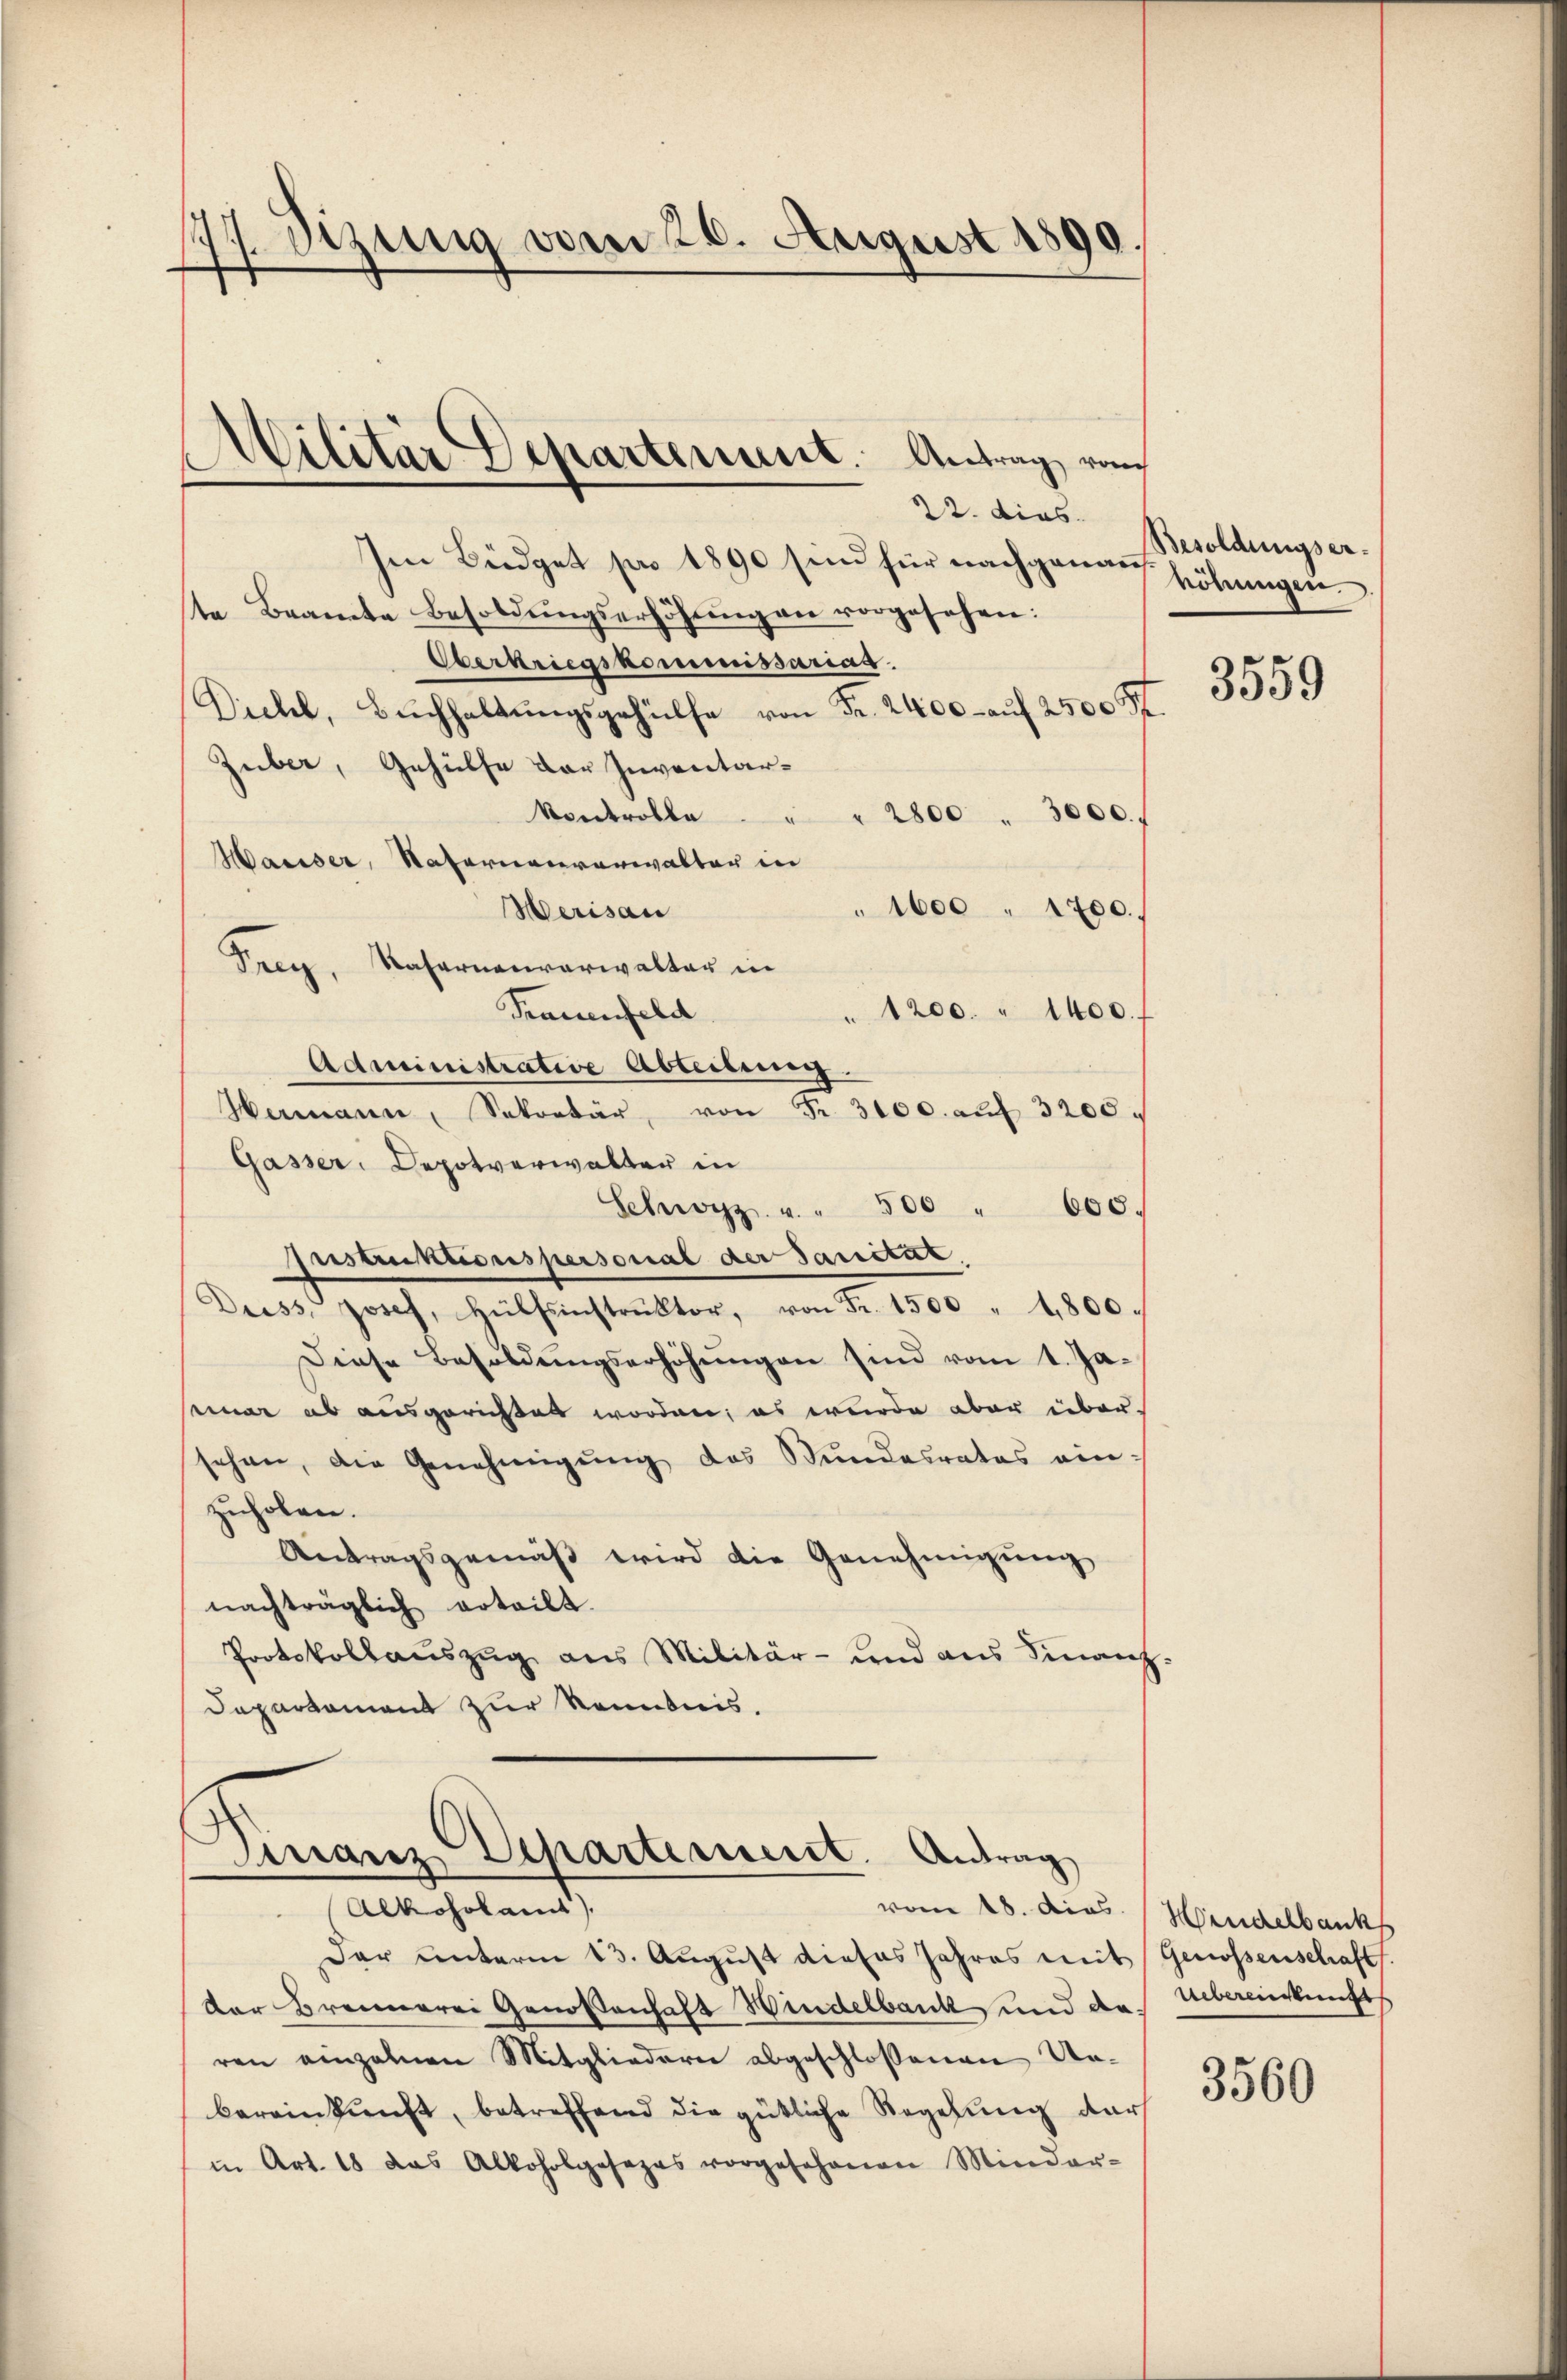
34 Sizung vom 20. August 1890.
.

22. dies
Im Büdget pro 1890 sind für nachgange Höhningen.
te Beamte Besoldŭngserhöhŭng an vorgesehen:
Oberkriegskommissarias.
Diehl, Buchhaltungsgehülfe von Fr. 2400 - auf 2500 Fr.
Zuber, Gehülfe der Inventarkontrolle. " " 2800 " 3000.
Maiser, Natorienverwalter in
Merisau
1600 " 1700.
Frey, Kasernenverwalter in
Trauenfeld
" 1200. " 1400.
Administrative Abteilung.
Hermann, Sekretär, von Fr. 3100. aŭf 3200.
Gasser. Depotverwalter in
Schwyz u. " 500 " 600.
Instruktionspersonal der Sanctur.
Duss, Josef, Hülfsinstrŭktor, von Fr. 1500 " 4800.
Diese Besoldungserhöhungen sind vom 1. Jaseiner ab ausgerichtet worden; es wurde aber über.
sehen, die Genehmigŭng des Stundesrates einzuholen.
Antragsgemäß wird die Genehmigung
nachträglich erteilt.
Protokollauszug aus Militär- und aus Finanz¬
Departament zur Kenntnis.

Militär Departement. Antrag vom

Finanz Departement. Antrag
Alkoholamt),

vom 18. dies Hindelbank
Dar unterm 13. August dieses Jahres mit Genossenschaft.
Der Brennerei Genossenhaft Windelbank und das Übereinkunft
ren einzelnen Mitgliedern abgeschlossenen Unbereinkunft, betreffend die gütliche Regelung dar
in Art. 18 das Alkoholgosezes vorgesehenen Minder-

Besoldungser¬

3559

3560